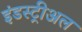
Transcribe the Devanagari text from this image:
इंडस्ट्रीअल